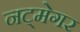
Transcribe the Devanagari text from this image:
नट्मेगर